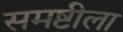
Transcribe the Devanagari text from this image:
समष्टीला